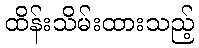
ထိန်းသိမ်းထားသည့်